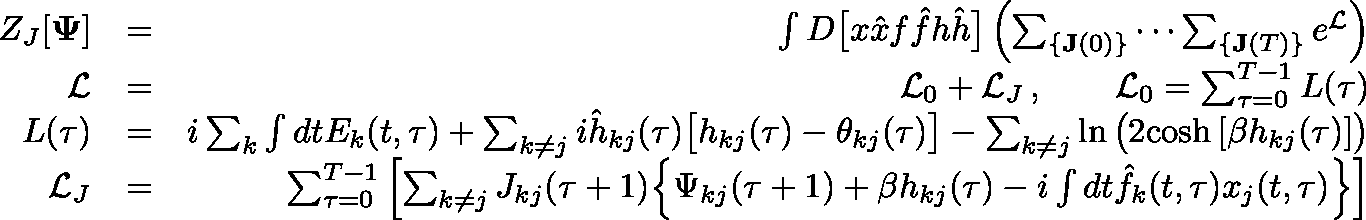
\begin{array} { r l r } { Z _ { J } [ \mathbf { \Psi } ] } & { = } & { \int D \big [ x \hat { x } f \hat { f } h \hat { h } \big ] \left( \sum _ { \{ \mathbf { J } ( 0 ) \} } \cdots \sum _ { \{ \mathbf { J } ( T ) \} } e ^ { \mathcal { L } } \right) } \\ { \mathcal { L } } & { = } & { \mathcal { L } _ { 0 } + \mathcal { L } _ { J } \, , \qquad \mathcal { L } _ { 0 } = \sum _ { \tau = 0 } ^ { T - 1 } L ( \tau ) } \\ { L ( \tau ) } & { = } & { i \sum _ { k } \int d t E _ { k } ( t , \tau ) + \sum _ { k \neq j } i \hat { h } _ { k j } ( \tau ) \big [ h _ { k j } ( \tau ) - \theta _ { k j } ( \tau ) \big ] - \sum _ { k \neq j } \ln \big ( 2 \mathrm { c o s h } \, [ \beta h _ { k j } ( \tau ) ] \big ) } \\ { \mathcal { L } _ { J } } & { = } & { \sum _ { \tau = 0 } ^ { T - 1 } \left[ \sum _ { k \neq j } J _ { k j } ( \tau + 1 ) \Big \{ \Psi _ { k j } ( \tau + 1 ) + \beta h _ { k j } ( \tau ) - i \int d t \hat { f } _ { k } ( t , \tau ) x _ { j } ( t , \tau ) \Big \} \right] } \end{array}